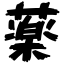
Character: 薬